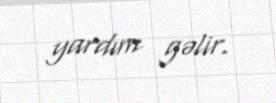
yardım gəlir.